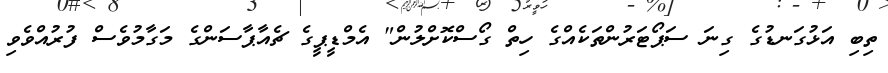
ތިބި އަޅުގަނޑުގެ ގިނަ ސަޕޯޓަރުންތަކެއްގެ ހިތް ގޯސްކޮށްލުން" އެމްޑީޕީގެ ޗެއާޕާސަންގެ މަގާމުވެސް ފުރުއްވެވި